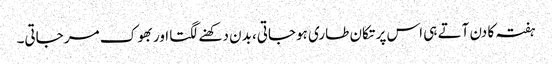
ہفتہ کا دن آتے ہی اس پر تکان طاری ہوجاتی، بدن دکھنے لگتا اور بھوک مر جاتی۔